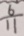
\frac { 6 } { 1 1 }